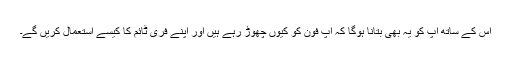
اس کے ساتھ آپ کو یہ بھی بتانا ہوگا کہ آپ فون کو کیوں چھوڑ رہے ہیں اور اپنے فری ٹائم کا کیسے استعمال کریں گے۔